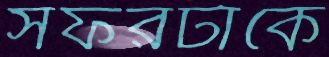
সফরটাকে